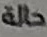
حالة